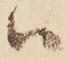
い